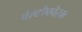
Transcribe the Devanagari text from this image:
पेल्टोफोरम